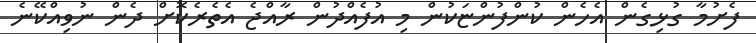
ފެށުމާ ގުޅިގެން އެހެން ކުންފުންޏަކުން މި އުފެއްދުން ރާއްޖެ އެތެރެކޮށް ދެން ނުވިއްކޭނެ